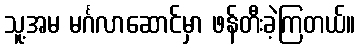
သူ့အမ မင်္ဂလာဆောင်မှာ ဖန်တီးခဲ့ကြတယ်။